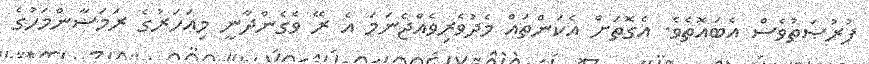
ފުރުޞަތުވެސް އެބައޮތެވެ. އެގޮތަށް އެކަންތައް މެދުވެރިވެއްޖެނަމަ އެ ރޭ ވެގެންދާނީ މިއަހަރުގެ ރަމަޟާންމަހުގެ